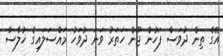
އޭގެ ތިން ދުވަސް ފަހުން ޖޫން ހަތަރު ވަނަ ދުވަހު މައްސަލައިގެ ޚުލާސާ